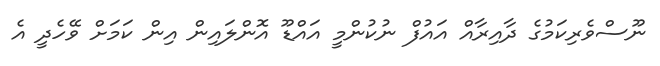
ނޫސްވެރިކަމުގެ ދާއިރާއް އައުފް ނުކުންމީ އައްޑޫ އޮންލައިން އިން ކަމަށް ވޭހެދީ އެ